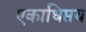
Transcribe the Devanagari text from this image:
एकाधिप्तय